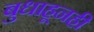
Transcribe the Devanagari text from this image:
बुधाहूनही